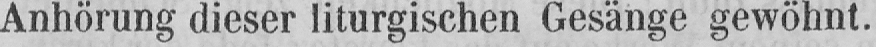
Anhörung dieser liturgischen Gesänge gewöhnt.